Indian Medical Review
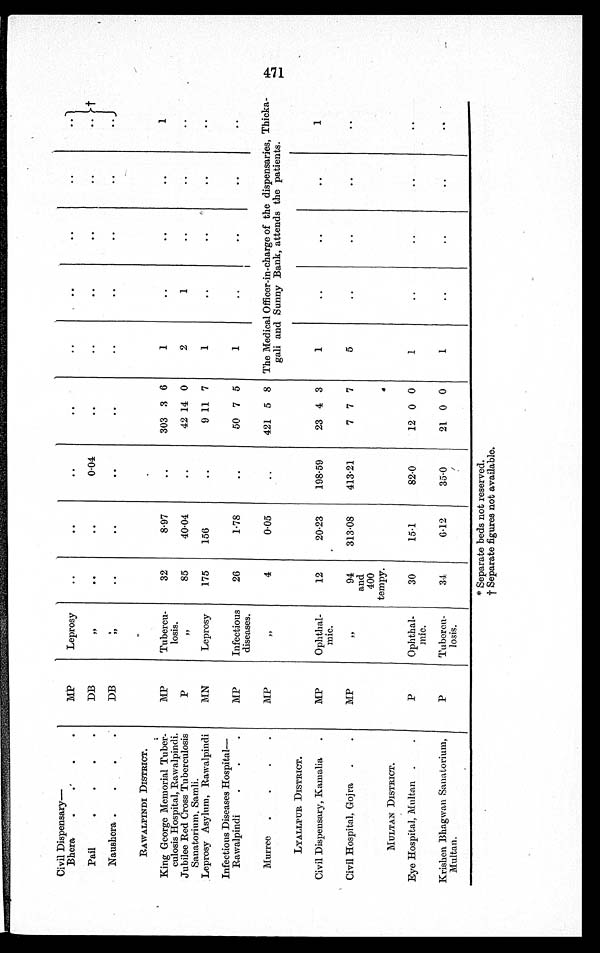
Civil Dispensary—
M P Leprosy
. .
. .
. .
. .
. .
. .
. .
. .
Bhera
.
.
.
.
Pail.
•
•
•
DB
,,
. .
. .
0.04
..
..
. .
. .
. .
. . †
Naushera .
.
.
.
DB
, ,
..
..
. .
. .
. .
. .
..
. .
..
RAWALPINDI DISTRICT.
M P Tubercu-
losis.
3 2
8.97
. . . 303 3 6
1
. .
. .
. .
1
King George Memorial Tuber-
culosis Hospital, Rawalpindi.
Jubilee Red Cross Tuberculosis
Sanatorium, Samli.
P
,,
85
40.04
..
42 14 0
2
1
..
..
..
.Leprosy Asylum, Rawalpindi
MN
Leprosy
175
156
..
9 11 7
1
..
..
. .
..
Infectious Diseases Hospital—
MP
Infectious
diseases.
26
1.78
..
50 7 5
1
..
..
..
..
Rawalpindi
.
.
.
Murree .
.
.
.
M
„
4
0.05
..
421 5 8 The Medical Officer-in-charge of the dispensaries, Thicka-
gali and Sunny Bank, attends the patients.
LYALLPUR DISTRICT.
M P Ophthal-
mic.
1 2
20.23
198.59
23 4 3
1
. .
. .
..
1
Civil Dispensary, Kamalia .
Civil Hospital, Gojra .
.
MP
PP
94
and
400
tempy.
313.08
413.21
7 7 7
5
..
..
..
. .
MULTAN DISTRICT.
P
Ophthal-
mic.
30
15.1
82.0
12 0 0
1
..
..
..
..
Eye Hospital, Multan .
.
Krishen Bhagwan Sanatorium,
Multan.
•
P
Tubercu-
losis.
34
6.12
35.0
21 0 0
1
. .
..
..
. .
* Separate beds not reserved.
t Separate figures not available.